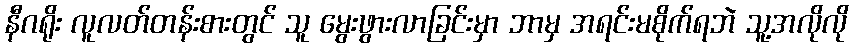
နီဂရိုး လူလတ်တန်းစားတွင် သူ မွေးဖွားလာခြင်းမှာ ဘာမှ အရင်းမစိုက်ရဘဲ သူ့အလိုလို